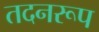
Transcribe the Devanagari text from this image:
तदनरूप